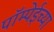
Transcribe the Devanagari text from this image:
पॉम्पेईच्या